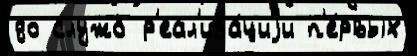
до служб р'еал'иза́циjи п'е́рвых